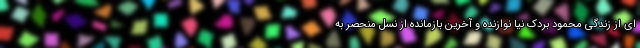
ای از زندگی محمود بردک نیا نوازنده و آخرین بازمانده از نسل منحصر به